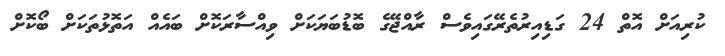
ކުރިއަށް އޮތް 24 ގަޑިއިރުތެރޭގައިވެސް ރާއްޖޭގެ ބޮޑުބަޔަކަށް ވިއްސާރަކޮށް ބައެއް އަތޮޅުތަކަށް ބޯކޮށް